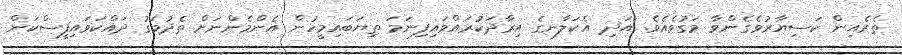
ތެރެއިން ކަސިޔާރުވެގެންވާ މަގުވެއެވެ. އަދި އެކަލާނގެ އިރާދަކުރައްވައިފިނަމަ ތިޔަބައިމީހުން އެންމެންނަށް ތެދުމަގު ދައްކަވައިފީސްކަން